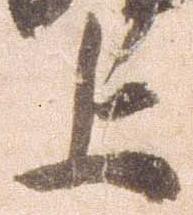
上